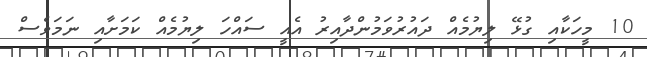
10 މީހަކާއި ގުޅޭ ލިޔުމެއް ދައުރުވަމުންދާއިރު އެއީ ސައްހަ ލިޔުމެއް ކަމަށާއި ނަމަވެސް